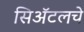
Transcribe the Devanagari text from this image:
सिॲटलचे